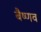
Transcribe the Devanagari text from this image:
बैष्णव